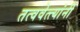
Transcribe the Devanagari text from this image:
तत्ववेत्त्यांनी